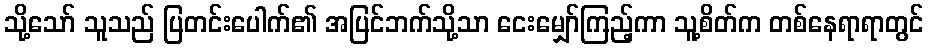
သို့သော် သူသည် ပြတင်းပေါက်၏ အပြင်ဘက်သို့သာ ငေးမျှော်ကြည့်ကာ သူ့စိတ်က တစ်နေရာရာတွင်